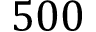
5 0 0